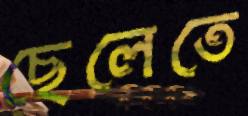
ছেলেতে